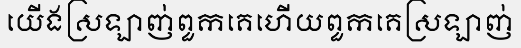
យើងស្រឡាញ់ពួកគេហើយពួកគេស្រឡាញ់